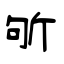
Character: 斪